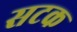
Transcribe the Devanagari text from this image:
सटक